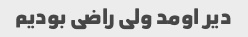
دیر اومد ولی راضی بودیم